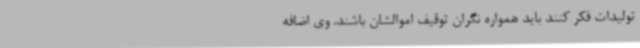
تولیدات فکر کنند باید همواره نگران توقیف اموالشان باشند. وی اضافه